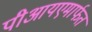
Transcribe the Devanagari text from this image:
पीआयएमार्फत